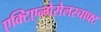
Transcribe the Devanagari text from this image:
एक्टिएन्गेसेलस्चाफ्ट